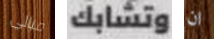
مبالي وتشابك ان